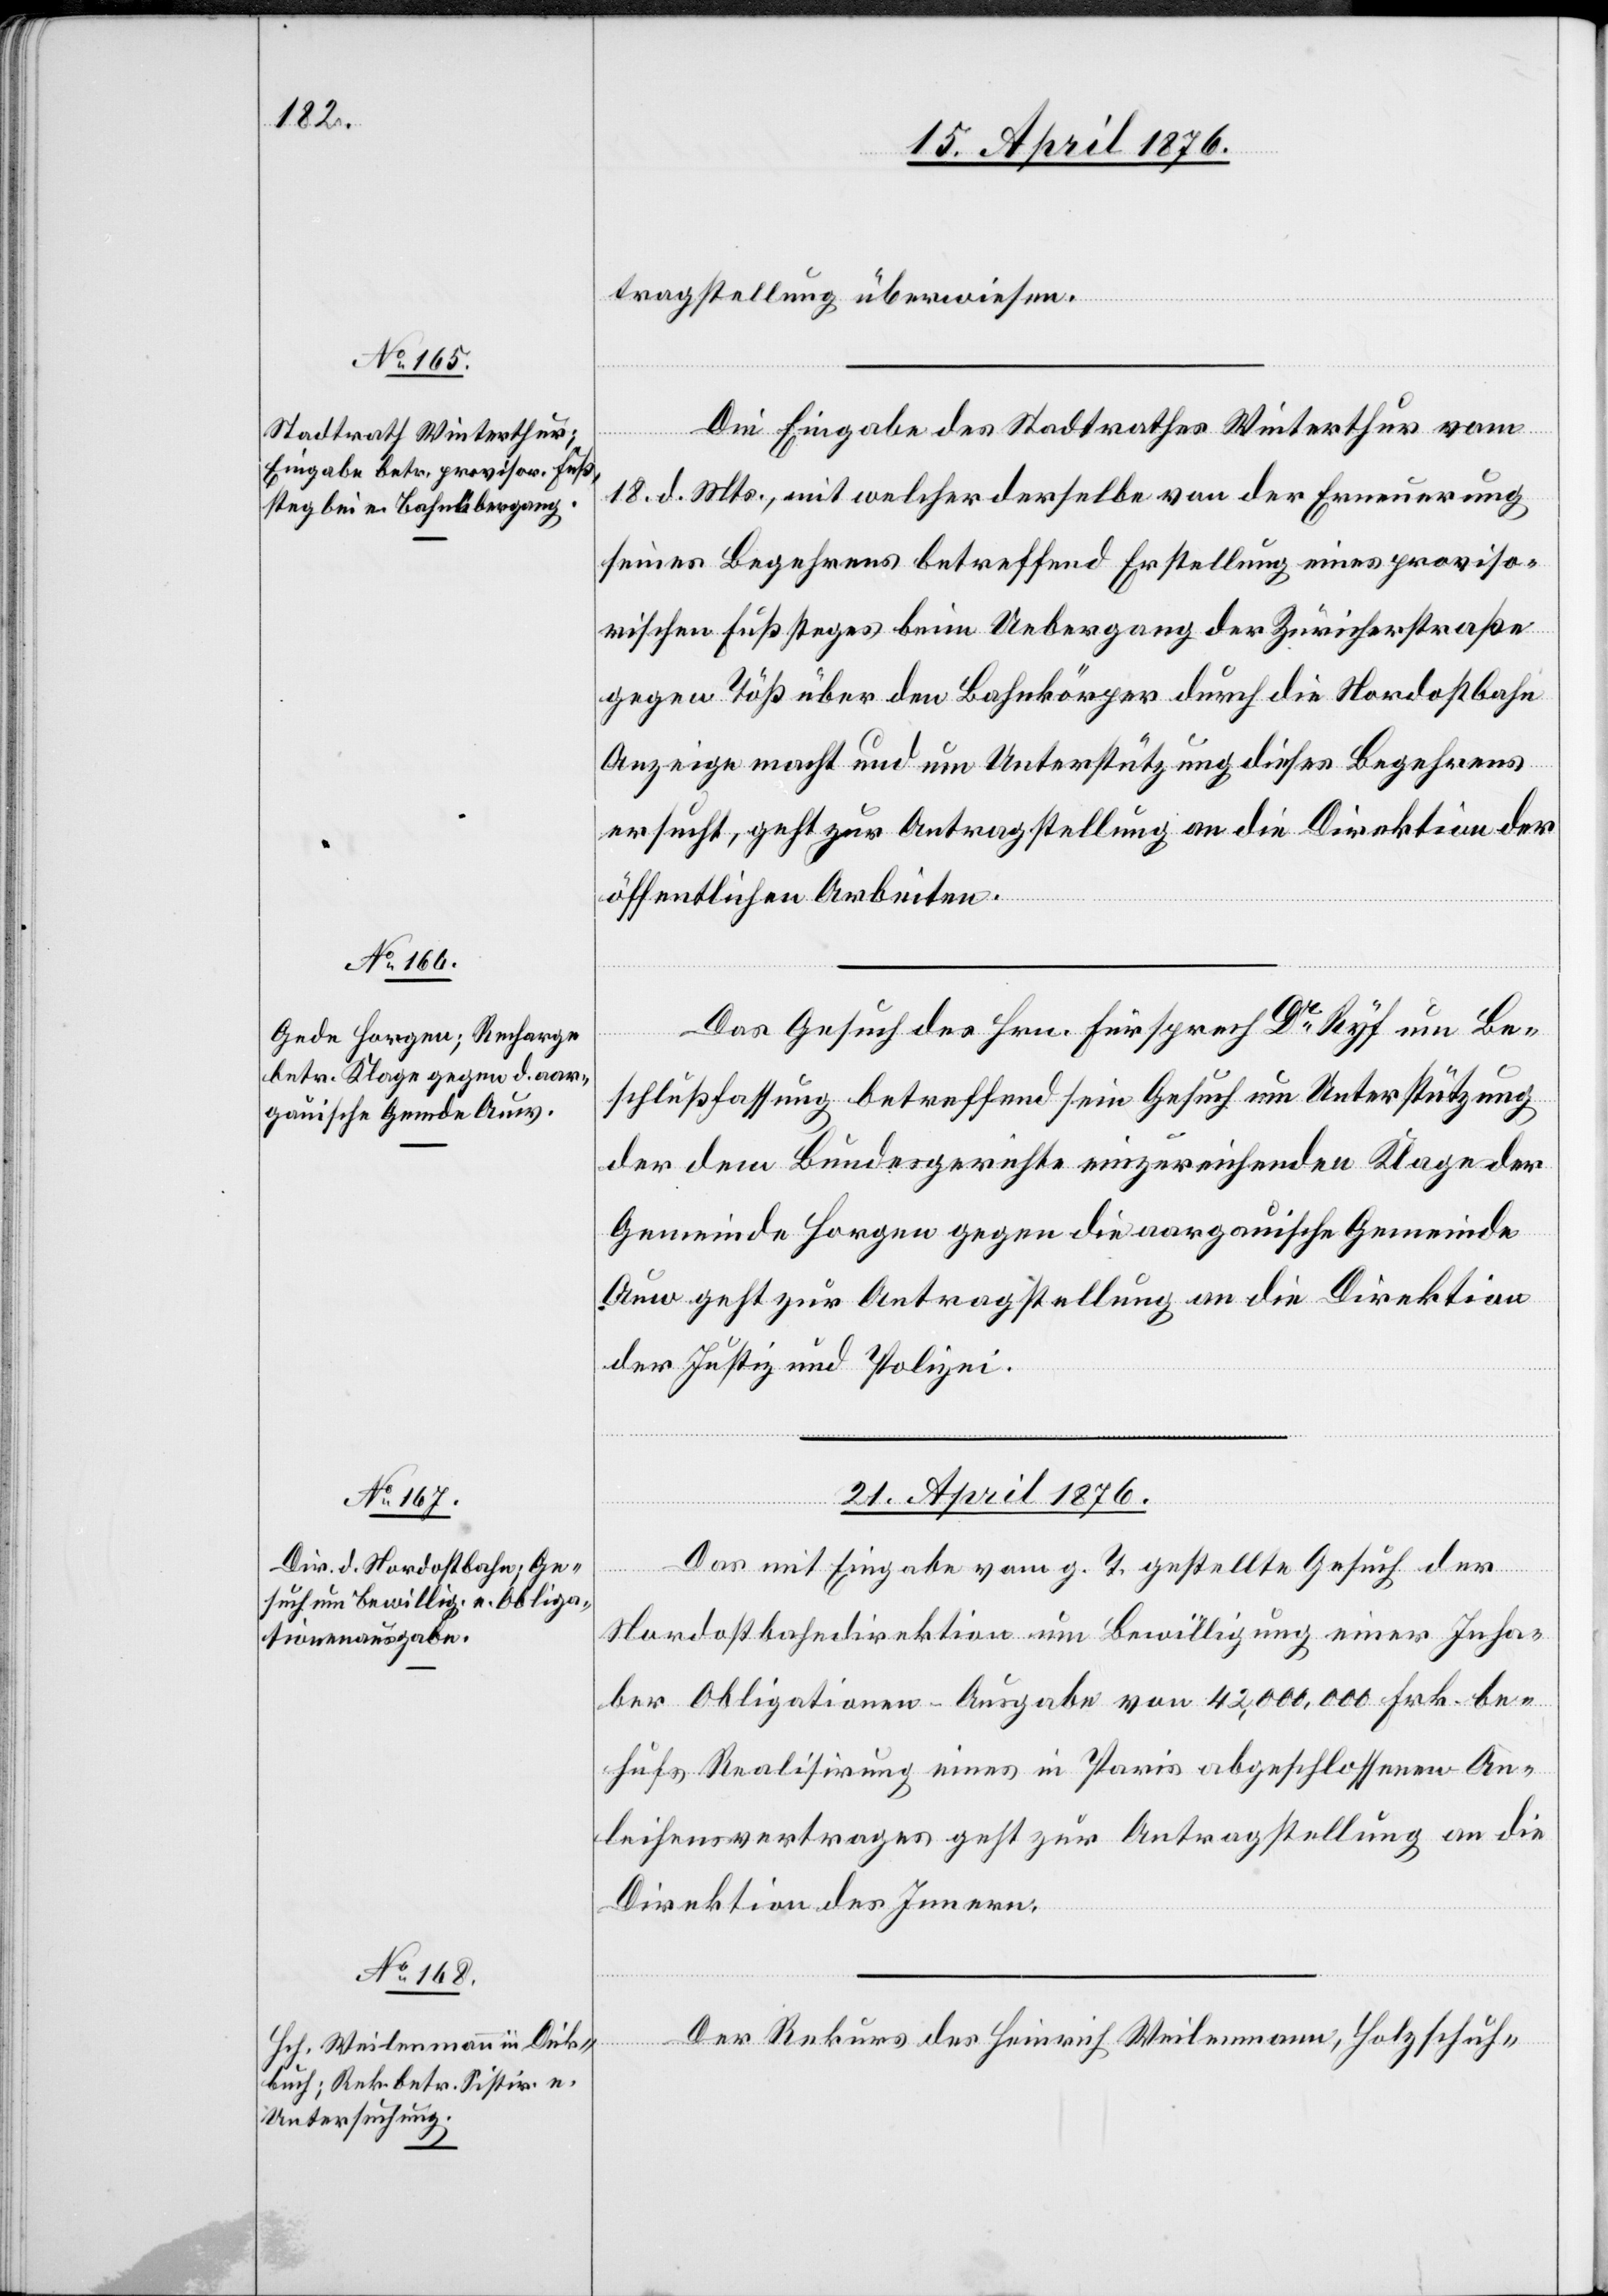
20. April 1876.]
tragstellung überwiesen.
Die Eingabe des Stadtrathes Winterthur vom
18. d. Mts., mit welcher derselbe von der Erneuerung
seines Begehrens betreffend Erstellung eines proviso¬
rischen Fußsteges beim Uebergang der Züricherstraße
gegen Töß über den Bahnkörper durch die Nordostbahn
Anzeige macht und um Unterstützung dieses Begehrens
ersucht, geht zur Antragstellung an die Direktion der
öffentlichen Arbeiten.
Das Gesuch des Hrn. Fürsprech Dr Ryf um Be¬
schlußfassung betreffend sein Gesuch um Unterstützung
der dem Bezirksgerichte einzureichenden Klage der
Gemeinde Horgen gegen die aargauische Gemeinde
Auw geht zur Antragstellung an die Direktion
der Justiz und Polizei.
21. April 1876.]
Das mit Eingabe vom g. T. gestellte Gesuch der
Nordostbahndirektion um Bewilligung einer Inha¬
ber Obligationen-Ausgabe von 42,000,000 Frk. be¬
hufs Realisirung eines in Paris abgeschlossenen An¬
leihensvertrages geht zur Antragstellung an die
Direktion des Innern.
Der Rekurs des Heinrich Weilenmann, Holzschuh-